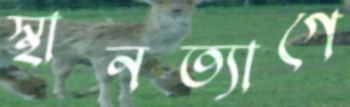
স্থানত্যাগে